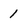
Character: 1